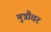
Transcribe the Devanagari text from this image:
मुन्नौवर